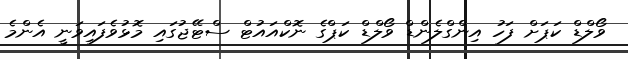
ވޯލްޑް ކަޕަށް ފަހު އިންގްލެންޑް ވޯލްޑް ކަޕްގެ ނޮކްއައުޓް ސްޓޭޖުގައި މޮޅުވެފައިވަނީ އެންމެ